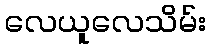
လေယူလေသိမ်း